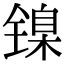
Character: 镍